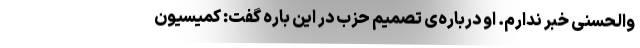
والحسنی خبر ندارم. او درباره‌ی تصمیم حزب در این باره گفت: کمیسیون